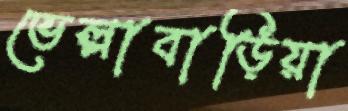
ভেল্লাবাড়িয়া